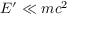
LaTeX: E ^ { \prime } \ll m c ^ { 2 }